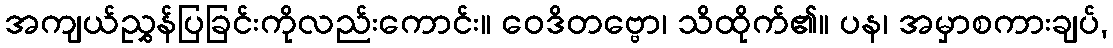
အကျယ်ညွှန်ပြခြင်းကိုလည်းကောင်း။ ဝေဒိတဗ္ဗော၊ သိထိုက်၏။ ပန၊ အမှာစကားချပ်,